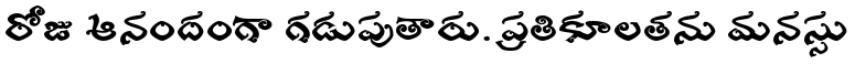
రోజు ఆనందంగా గడుపుతారు. ప్రతికూలతను మనస్సు